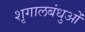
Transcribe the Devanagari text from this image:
शृगालबंधुओं